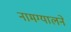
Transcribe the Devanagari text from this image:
नामग्यालने